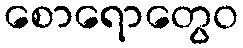
စောရောတွေဝ